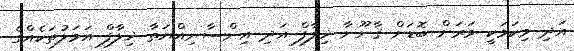
އަދި މިކަމަކީ ވަރަށް ބޮޑަށް ޤާނޫނާ ޚިލާފް އަދި އިންސާނިއްޔަތާ ޚިލާފް އަމަލުތަކެއްގެ